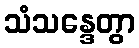
သံသန္ဒေတွာ